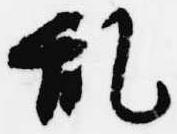
乱